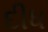
દીધ